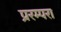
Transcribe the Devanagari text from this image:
प्ररम्परा